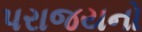
પરાજયનો